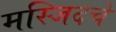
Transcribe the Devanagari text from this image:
मस्जिदचे